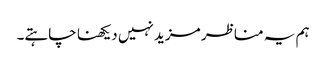
ہم یہ مناظر مزید نہیں دیکھنا چاہتے۔